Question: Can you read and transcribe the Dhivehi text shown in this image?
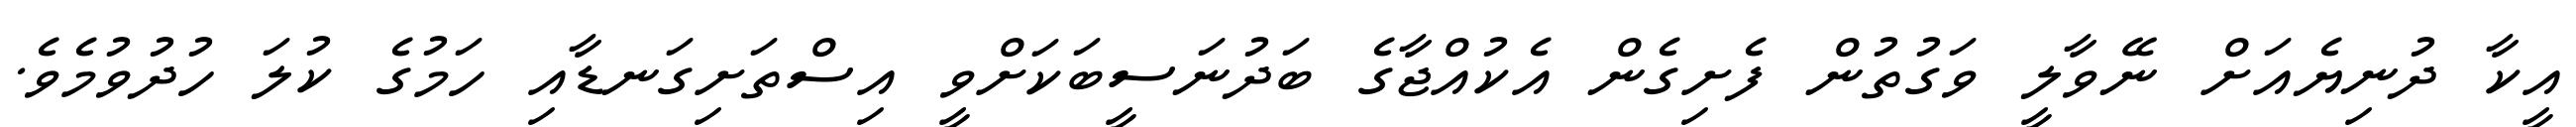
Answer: އީކާ ދުނިޔެއަށް ނޭވާލީ ވަގުތުން ފެށިގެން އެކުއްޖާގެ ބަދުނަސީބަކަށްވީ އިސްތަށިގަނޑާއި ހަމުގެ ކުލަ ހުދުވުމެވެ.